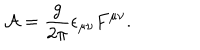
{ \cal A } = { \frac { g } { 2 \pi } } \epsilon _ { \mu \nu } F ^ { \mu \nu } .